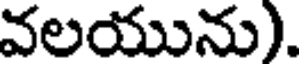
వలయును).